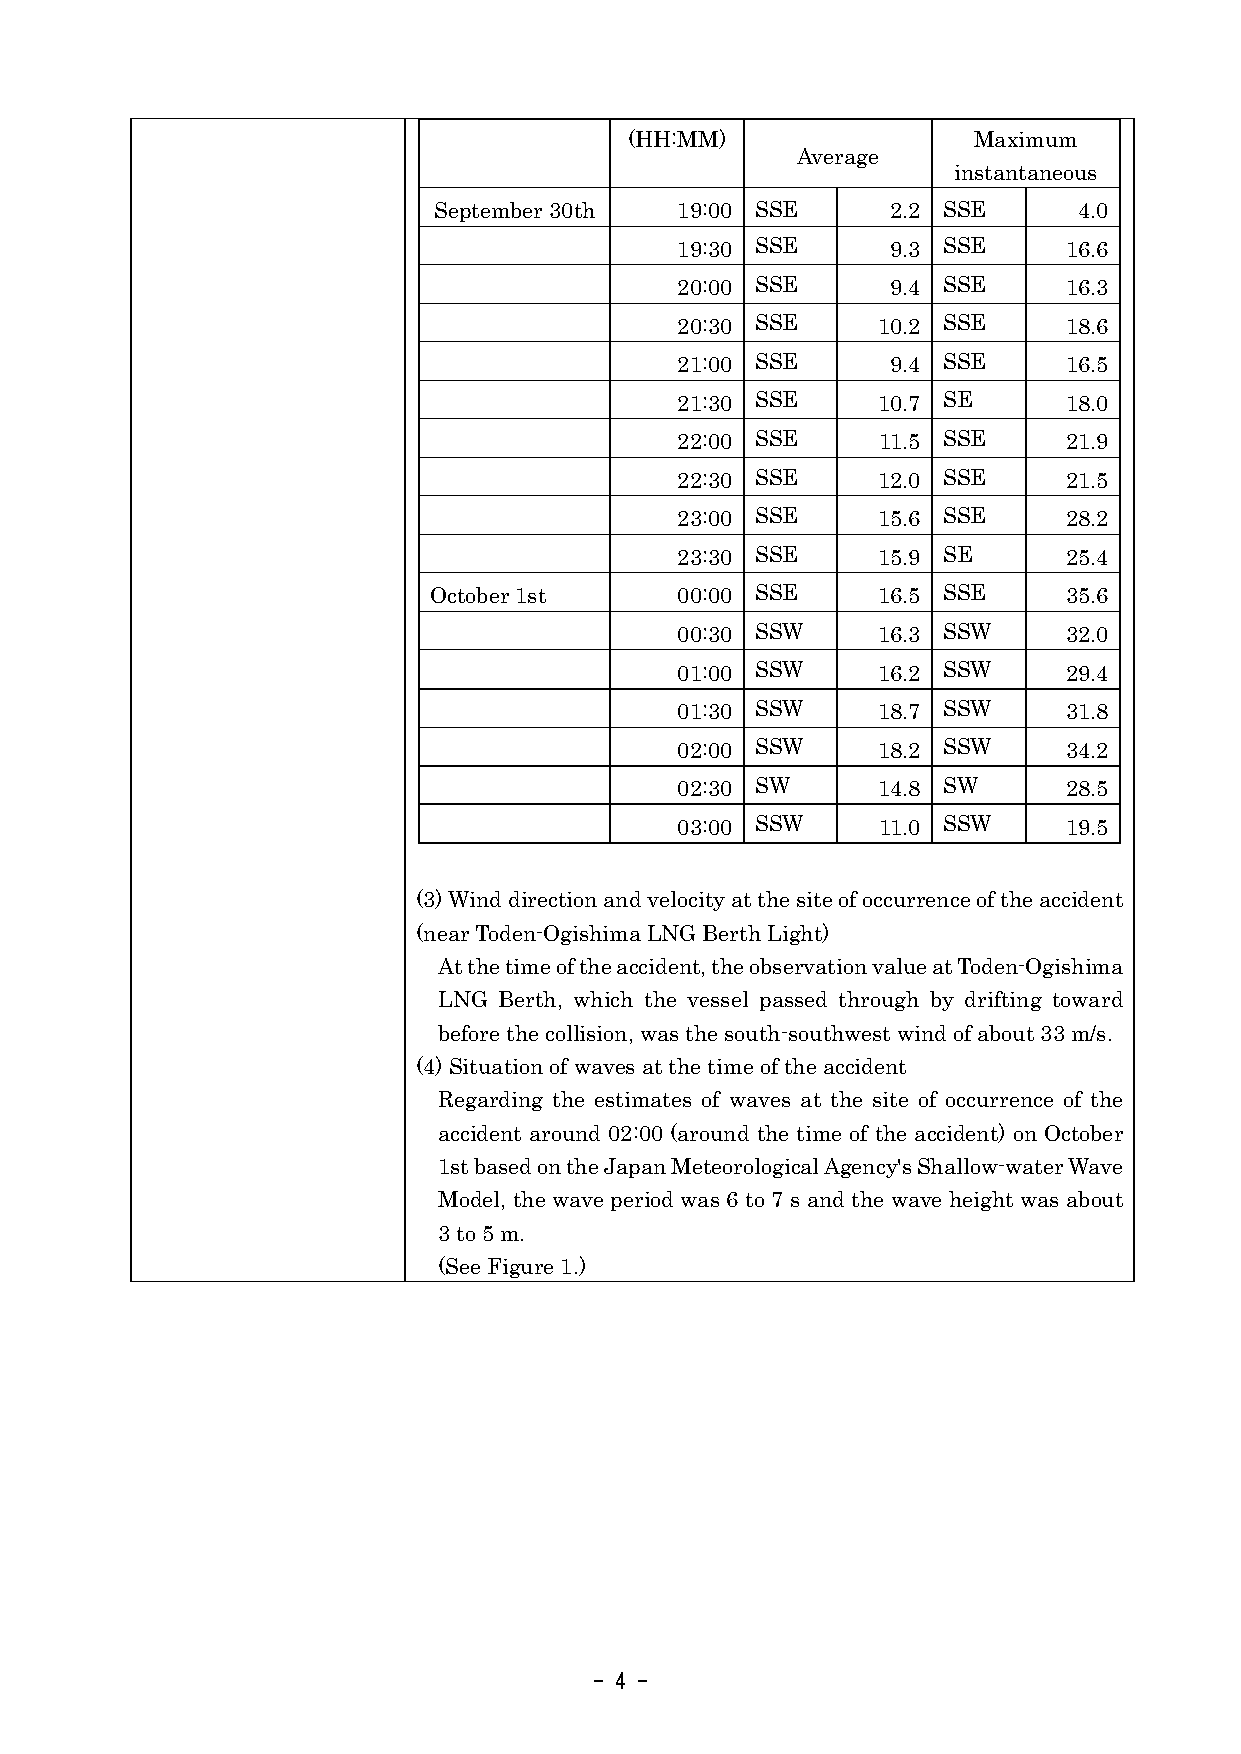
(HH:MM)               Maximum
 Average
 instantaneous
 September 30th  19:00 SSE     2.2 SSE     4.0
 19:30 SSE     9.3 SSE     16.6
 20:00 SSE     9.4 SSE     16.3
 20:30 SSE    10.2 SSE     18.6
 21:00 SSE     9.4 SSE     16.5
 21:30 SSE    10.7 SE      18.0
 22:00 SSE    11.5 SSE     21.9
 22:30 SSE    12.0 SSE     21.5
 23:00 SSE    15.6 SSE     28.2
 23:30 SSE    15.9 SE      25.4
 October 1st      00:00 SSE    16.5 SSE     35.6
 00:30 SSW    16.3 SSW     32.0
 01:00 SSW    16.2 SSW     29.4
 01:30 SSW    18.7 SSW     31.8
 02:00 SSW    18.2 SSW     34.2
 02:30 SW     14.8 SW      28.5
 03:00 SSW    11.0 SSW     19.5
 (3) Wind direction and velocity at the site of occurrence of the accident
 (near Toden-Ogishima LNG Berth Light)
 At the time of the accident, the observation value at Toden-Ogishima
 LNG Berth, which the vessel passed through by drifting toward
 before the collision, was the south-southwest wind of about 33 m/s.
 (4) Situation of waves at the time of the accident
 Regarding the estimates of waves at the site of occurrence of the
 accident around 02:00 (around the time of the accident) on October
 1st based on the Japan Meteorological Agency's Shallow-water Wave
 Model, the wave period was 6 to 7 s and the wave height was about
 3 to 5 m.
 (See Figure 1.)
 - 4 -